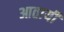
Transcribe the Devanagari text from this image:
आतायी